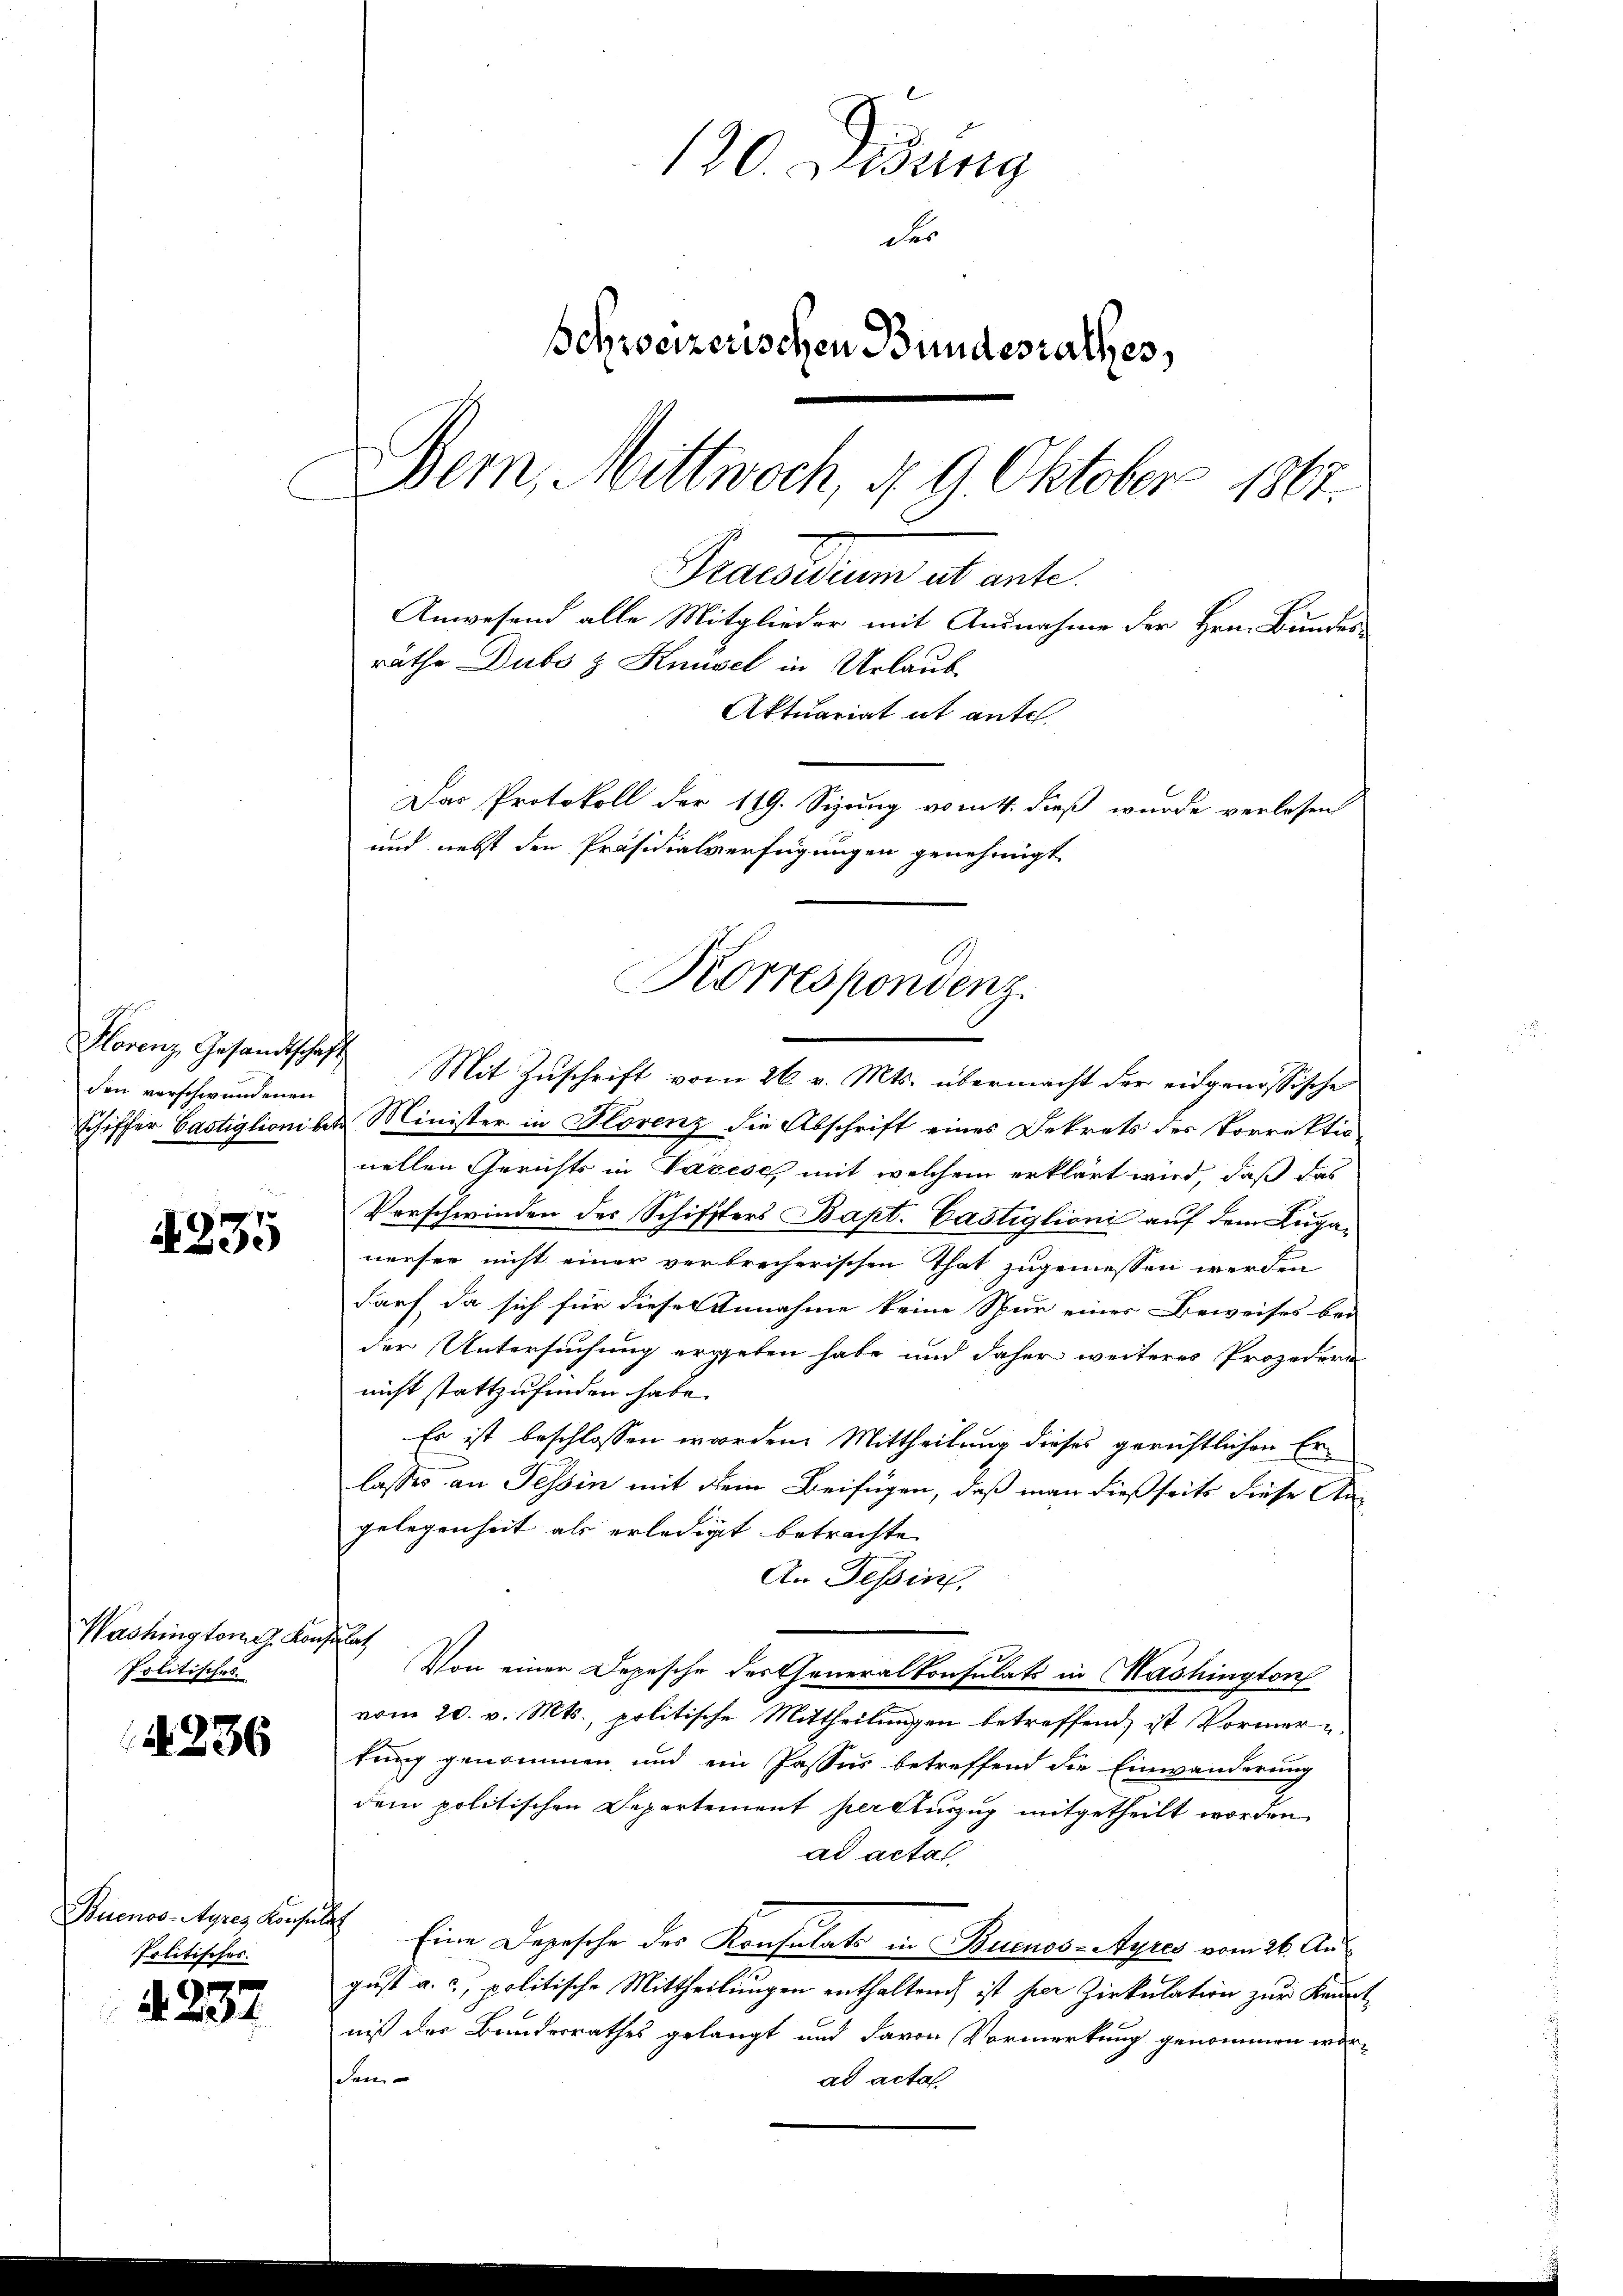
den verschwundenen

235

2236

4237

120. Didung
der
schweizerischen Bundesrathes,
Bem, Mittwoch, d. 9. Oktober 1867.
Praesidium ut ante.
Anwesend alle Mitglieder mit Ausnahme der Hrn. Bunder
räthe Dubs z Knüsel in Urlaub
Aktuariat ut ante.

Washingtong. Konsulat
Politischen

Politisches.

Das Protokoll der 119. Sizung vom 1. dieß wurde verlesen
und nebst den Präsidialverfügungen genehmigt
Korrespondenz.
e
Florenz, Gesandtschaft Mit Zŭschrift vom 26. v. Mts. übermacht der eidgenössische

Schiffer Castiglionibet Minister in Florenz die Abschrift eines Dekrets des Vorrektio
nellen Gerichts in Varese mit welchem erklärt wird, daß das
Vorschwinden des Schiffters Bapt. Castiglioni auf dem Luganersee nicht einer verbrecherischen That zugemessen werden
darf, da sich für dieser Annahme keine Spur einer Beweises bei
der Untersuchung ergeben habe und daher weiteres Prozedera
nicht stattzufinden habe.
Es ist beschlossen worden. Mittheilung dieses gerichtlichen Erlasses an Tessin mit dem Beifügen, daß man dießseits diese An
gelegenheit als erledigt betrachte
An Tessin,
Von einer Depesche des Generalkonsulats in Washington
vom 20. v. Mts., politische Mittheilungen betreffend, ist Vormer u
tung genommen und ein Passus betreffend die Einwanderung
dem politischen Departement per auszug mitgetheilt worden
ad actal
Buenos-Ayres Konsulst Eine Depesche des Konsulat in Buenos-Ayres vom 26. August a. c., politische Mittheilungen enthaltend ist her Zirkulation zur Kennt
niß der Bundesrathes gelangt und davon Vormerkung genommen worscen
ad acta